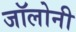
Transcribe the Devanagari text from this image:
जॉलोनी